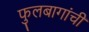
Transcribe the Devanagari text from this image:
फुलबागांची